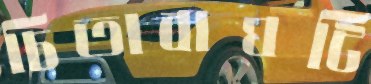
চিতাবাঘটি